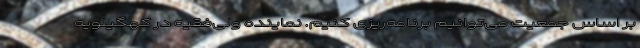
بر اساس جمعیت می‌توانیم برنامه‌ریزی کنیم. نماینده ولی‌فقیه در کهگیلویه